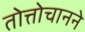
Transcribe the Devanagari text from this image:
तोत्तोचानने